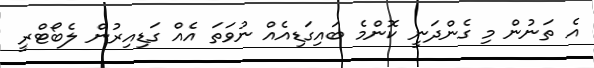
އެ ތަނުން މި ގެންދަނީ ކޮންމެ ބައިގަޑިއެއް ނުވަތަ އެއް ގަޑިއިރުން ލެބޯޓްރީ